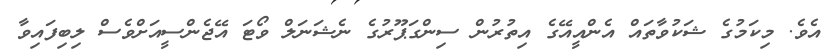
އެވެ. މިކަމުގެ ޝަކުވާތައް އެންއީއޭގެ އިތުރުން ސިންގަޕޫރުގެ ނެޝަނަލް ވޯޓަ އޭޖެންސީއަށްވެސް ލިބިފައިވާ